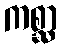
ကစ္ဆာ